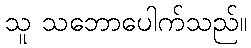
သူ သဘောပေါက်သည်။